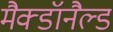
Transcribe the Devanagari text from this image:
मैक्डॉनैल्ड